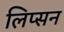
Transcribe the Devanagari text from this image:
लिप्सन